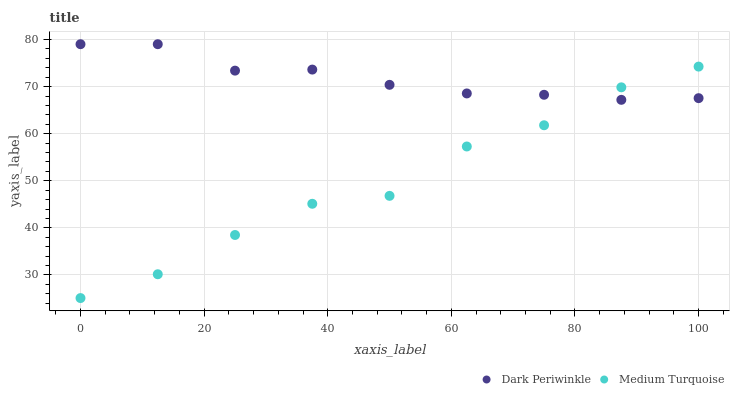
| xaxis_label | Dark Periwinkle | Medium Turquoise |
 | --- | --- | --- |
 | 0 | 79 | 25.1 |
 | 12.5 | 79 | 30.2 |
 | 25 | 73.4 | 38.5 |
 | 37.5 | 73.6 | 45.1 |
 | 50 | 70.4 | 46.8 |
 | 62.5 | 68.5 | 57.3 |
 | 75 | 68.3 | 61.8 |
 | 87.5 | 67.2 | 69.8 |
 | 100 | 67.5 | 74.2 |